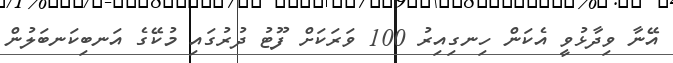
އޭނާ ވިދާޅުވީ އެކަން ހިނގިއިރު 100 ވަރަކަށް ފޫޓު ދުރުގައި މުކޭގެ އަނބިކަނބަލުން